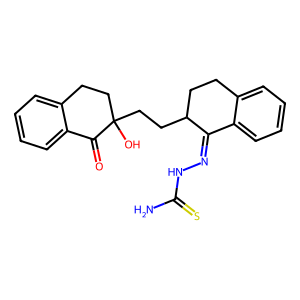
SMILES: NC(=S)NN=C1c2ccccc2CCC1CCC1(O)CCc2ccccc2C1=O
Inhibits HIV replication: No